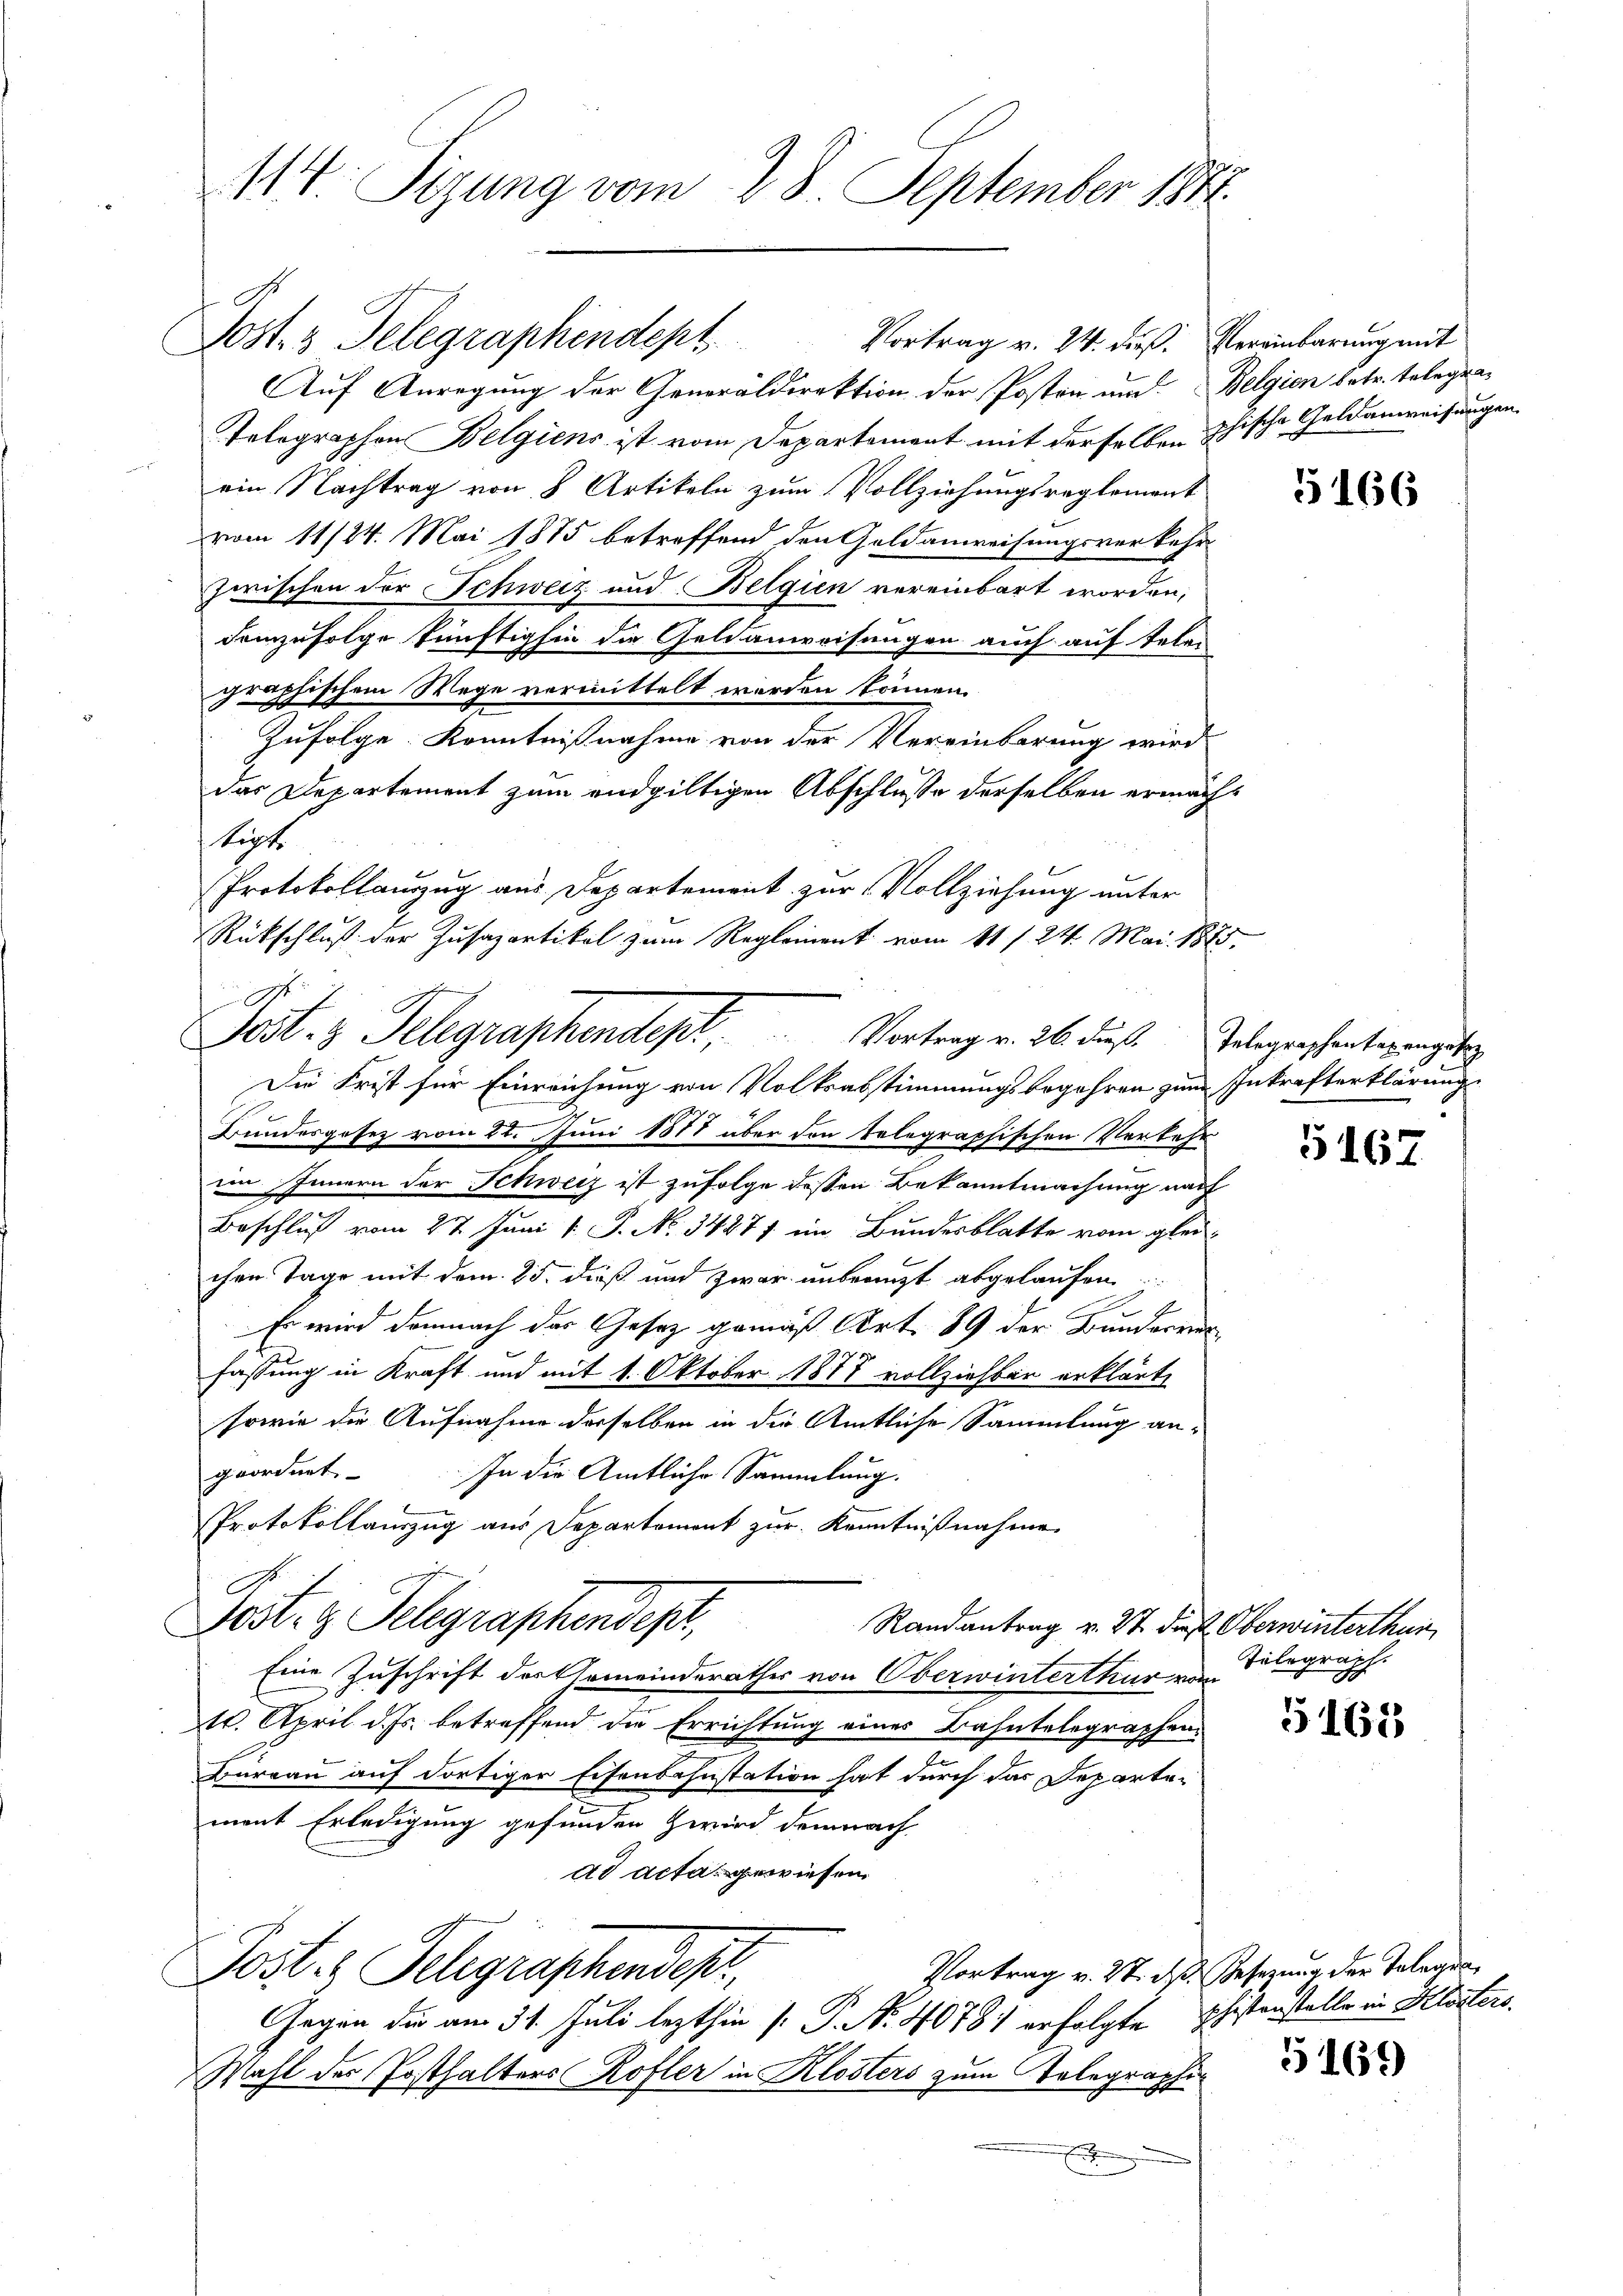
11t. Sizung vom 28. September 1848.

Post 3 Telegraphendept,                  Vortrag v. 24. dieß. Vereinbarung mit

Auf Anregung der Generaldirektion der Posten und Belgien betr. telegen¬
Tolographen Belgiens ist vom Departement mit derselben 188
ein Nachtrag von 8 Artikeln zum Vollziehungsreglement
vom 11/24. Mai 1875 betreffend den Geldanweisungsverkehr
zwischen der Schweiz und Belgien vereinbart worden,
demzufolge künftighin die Geldanweisungen auch auf telen
graphischem Wege vermittelt werden können.
Zufolge Kenntnißnahme von der Vereinbarung wird
das Departement zum endgültigen Abschlusse derselben ermächt
kigt.
Protokollauszug aus Departement zur Vollziehung unter
Bundesgesez vom 21. Juni 1888 über den Telegraphischen Verkehr
ein Innern der Schweiz ist zufolge dessen Bekanntmachung nach
Beschluß vom 27. Juni v. J. No. 34871 im Bundesblatte vom gleichen Tage mit dem 25. dieß und zwar unbrauzt abgelaufen

Es wird demnach der Gesetz gemäß Art. 89 der Bunderverfassung in Kraft und mit 1. Oktober 1877 vollziehbar erklärt,
sowie die Aufnahme derselben in die Amtliche Sammlung angeordnet
In die Amtliche Sammlung.
Protokollanzug aus Departement zur Kenntnißnahme
G
Post- & Telegraphendes,
Randantrag v. 27. dieß Oberwinterthur
Eine Zuschrift der Gemeinderathes von Oberwinterthur vom
10. April d. Js. betreffend die Errichtung eines Bahntelegraphen
Büreau auf dortiger Eisenbahnstation hat durch das Departement Erledigung gefunden zwird demnach
ad acta gewiesen.
Post. Telegraphendepr
Vortrag v. 27. des Gesezung der Telegra¬
Gegen die am 31. Juli lezthin [P. Nr. 40781 erfolgte Pfistenstelle in Klosters.
Wahl der Posthalters Rofler in Klosters zum Telegraphir

Rückschluß der Zusapartikel zum Reglement vom 11. 124. Mai 1875.
N 1
Jost 3 Telegraphendept, Vortrag v. 26. Fuß. Gelegraphenbergangetr
Die Frist für Einreichung von Volksabstimmungsbegehren zum Inkrafterklärung

ische Geldanweisungen

166

5167

Telegraph.

5162

5164)